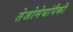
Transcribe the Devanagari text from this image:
तेजोमेघांपैकी